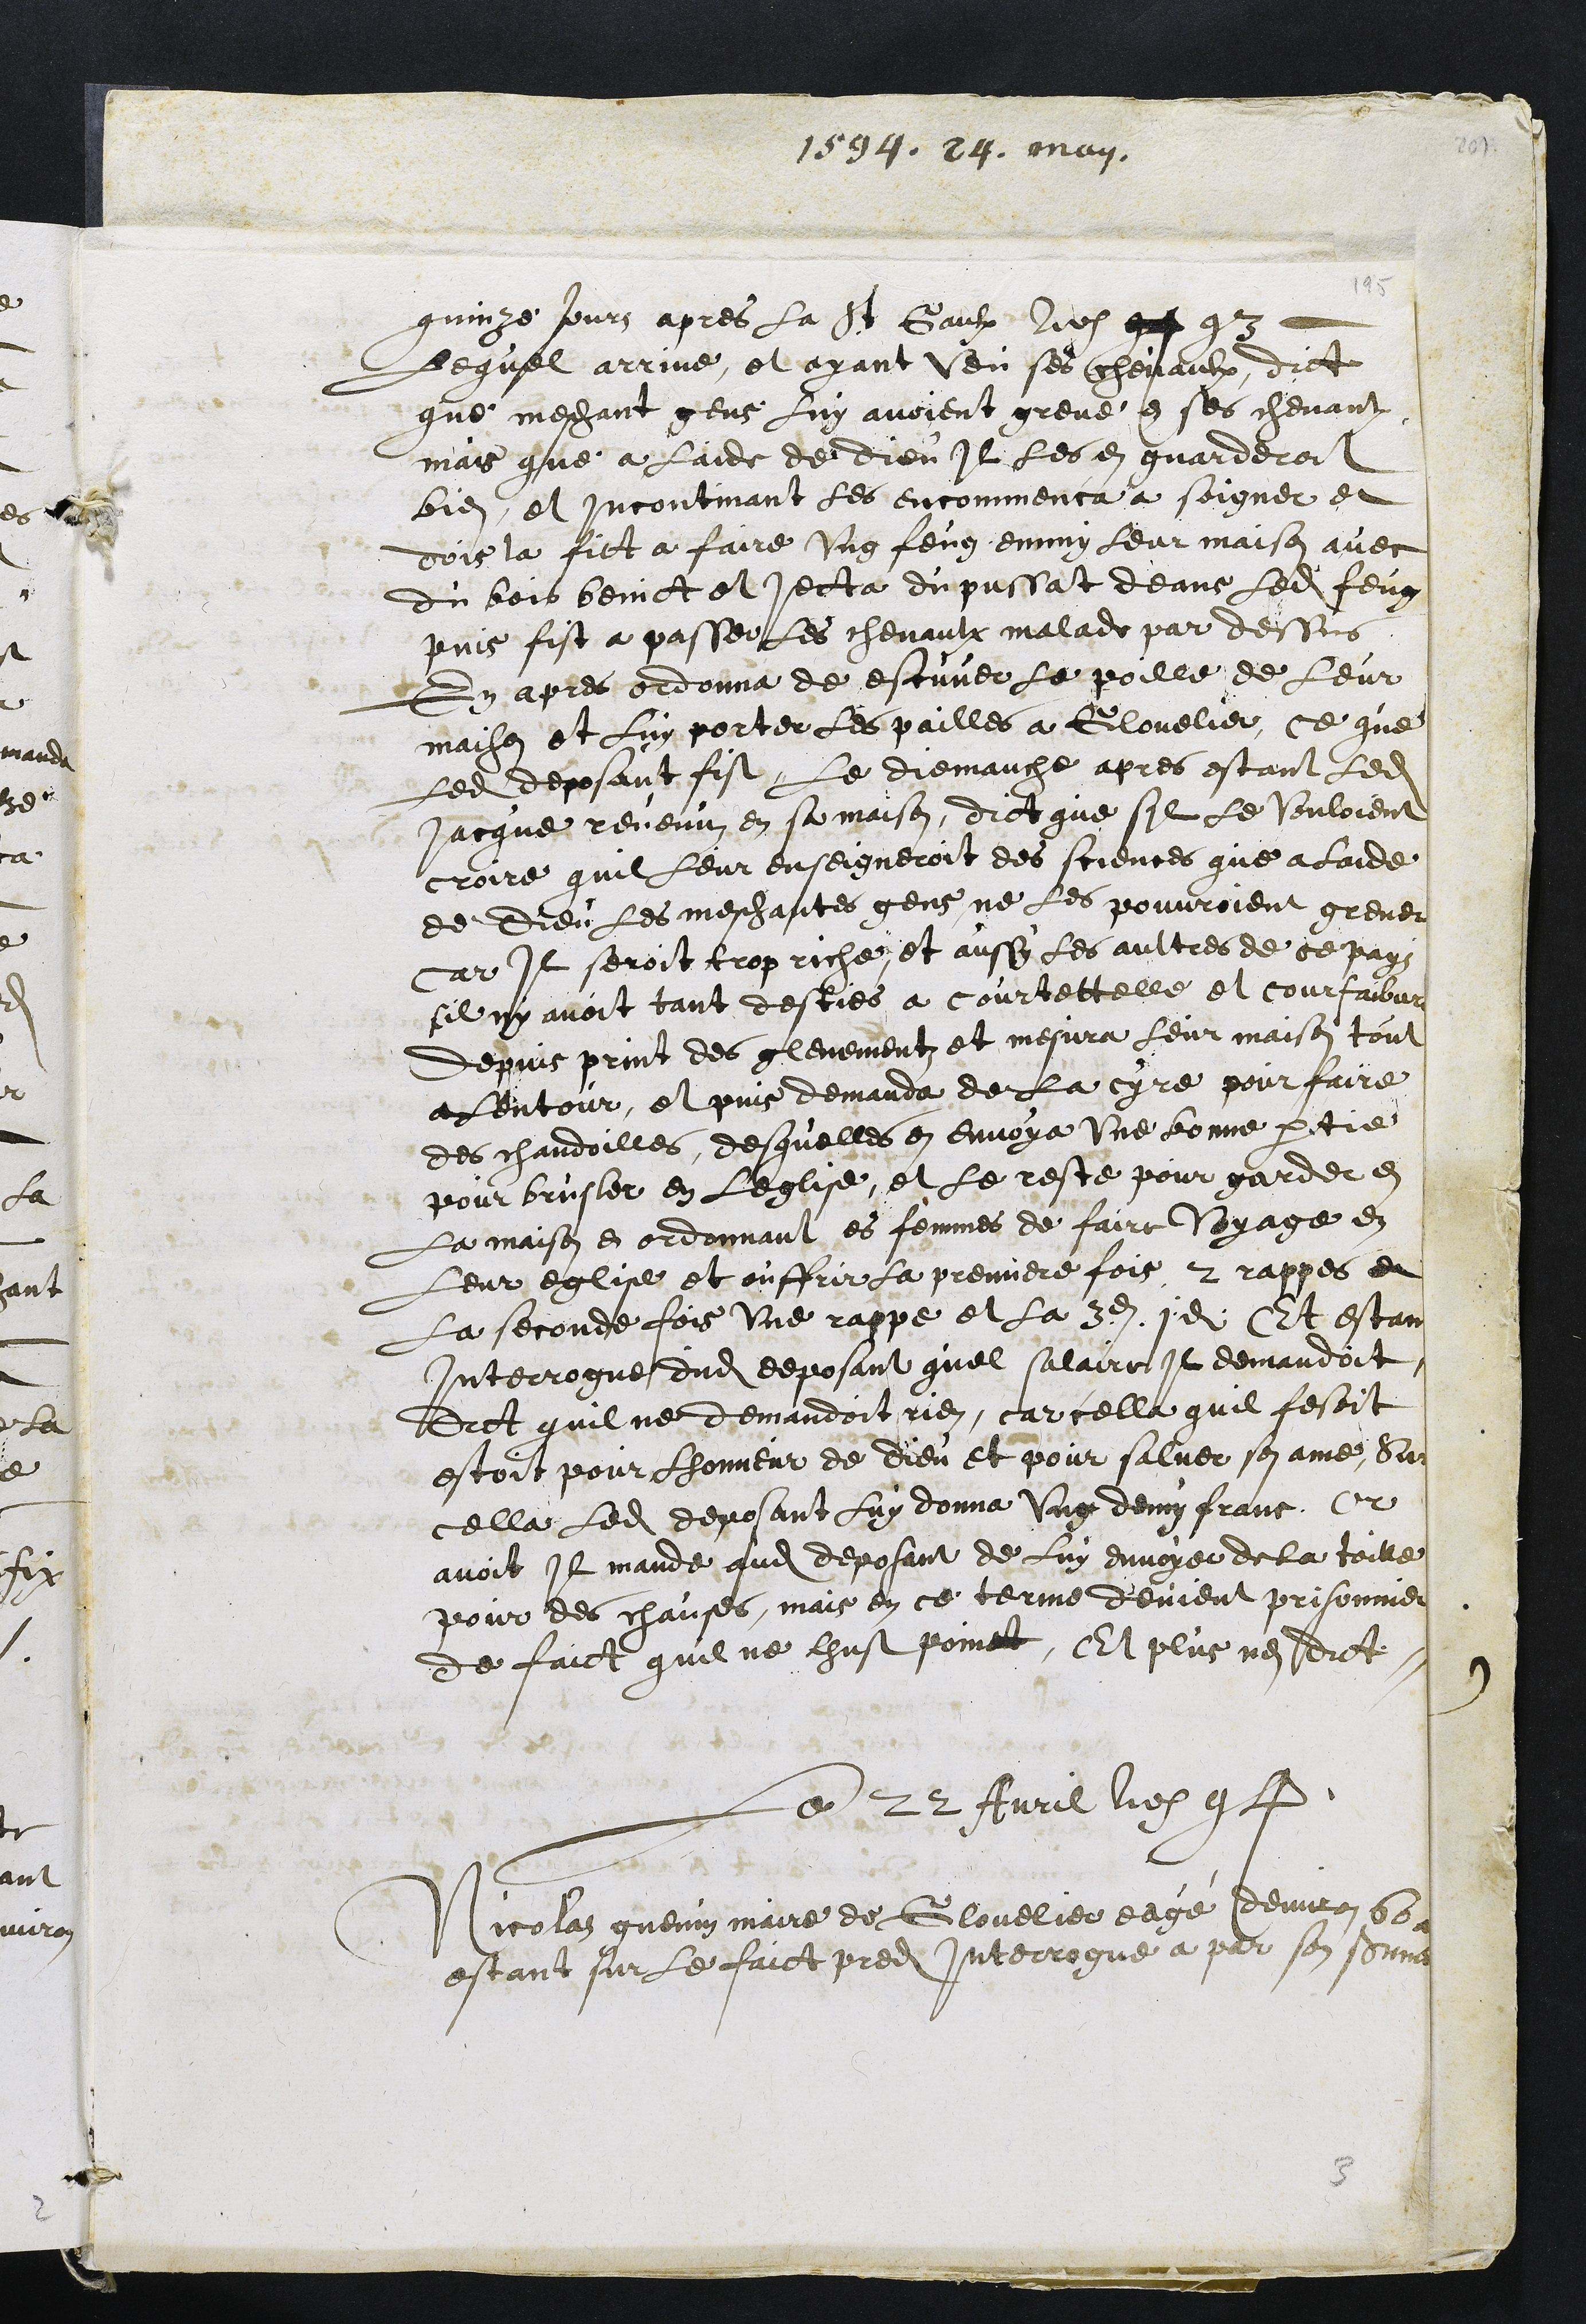
1594. 24. May.
quinze jours apres la St Gaulx Ao 94 93
Lequel arrive, et ayant veu ses chevaulx, dict
que mechant gens luy avoient greve en ses chevaulx
mais que a laide de Dieu Il les en guarderoit
bien, et incontinant les encommenca a soigner et
dois la fict a faire ung feug emmy leur maison avec
du bois benict et jecta du pussat deans ledit feug
puis fist a passer les chevaulx malade par dessus
En apres ordonna de escuver le poille de leur
maison et luy porter les pailles a Glovelier, ce que
ledit deposant fist. Le dimanche apres estant ledit
Jacque revenuz en sa maison, dict que sil le vouloient
croire quil leur enseigneroit des sciences que a laide
de Dieu les meschantes gens ne les pouvroient grever
Car Il seroit trop riche, et aussy les aultres de ce pays
sil ny avoit tant desties a courtettelle et courfaibvre
depuis print des glevementz et mesura leur maison tout
a lentour, et puis demanda de la cyre pour faire
des chandoilles, desquelles en envoya une bonne partie
pour brusler en leglise, et le reste pour garder en
La maison en ordonnant es femmes de faire voyage en
leur eglise et ouffrir la premiere fois 2 rappes et
La seconde fois une rappe et la 3e 1d Et estant
Interrogue dudit deposant quel salaire il demandoit
Dict quil ne demandoit rien, car cella quil fesoit
estoit pour honneur de Dieu et pour salver son ame, Sur
cella ledit deposant luy donna ung demy franc, Or
avoit Il mande audit deposant de luy envoyer de la toille
pour des chausses, mais en ce terme devient prisonnier
de faict quil ne lhust poinct, Et plus nen dict
Le 22 Avril ao 94
Nicolas guenin maire de Glovelier eagé denviron 60 ans
estant sur le faict predit Interrogue a par son serment

3